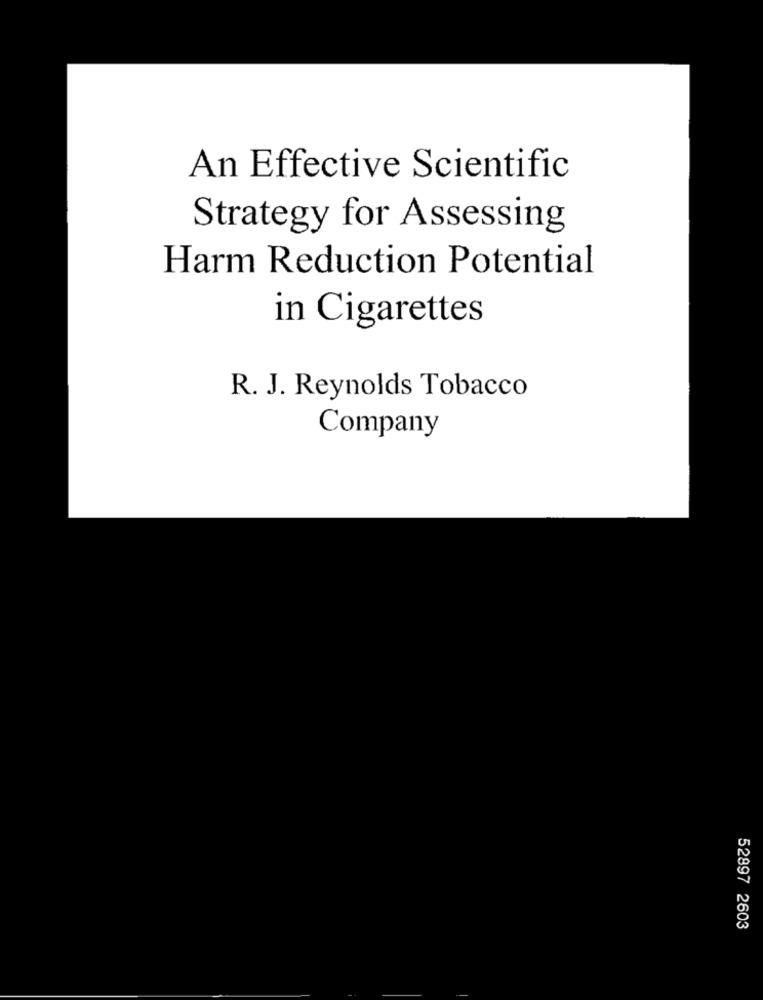
An Effective Scientific
Strategy for Assessing
Harm Reduction Potential
in Cigarettes
R. J. Reynolds Tobacco
Company
52897 2603